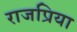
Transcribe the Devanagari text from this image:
राजप्रिया